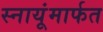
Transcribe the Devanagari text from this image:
स्नायूंमार्फत